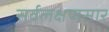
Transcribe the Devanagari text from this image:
सर्वलक्षणसार